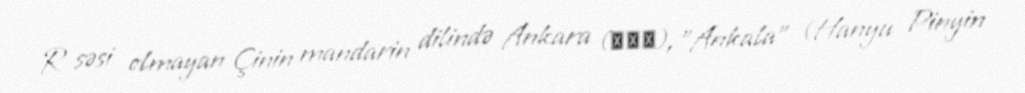
R səsi olmayan Çinin mandarin dilində Ankara (安卡拉), "Ankala" (Hanyu Pinyin